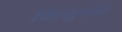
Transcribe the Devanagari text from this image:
कित्सुवोन